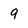
Character: 9